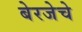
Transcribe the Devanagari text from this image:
बेरजेचे